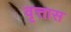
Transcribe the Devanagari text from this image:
वृत्तास